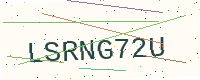
Text: LSRNG72U